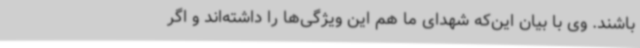
باشند. وی با بیان این‌که شهدای ما هم این ویژگی‌ها را داشته‌اند و اگر